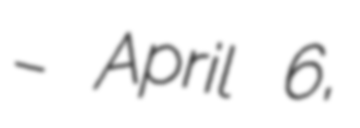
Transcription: – April 6,